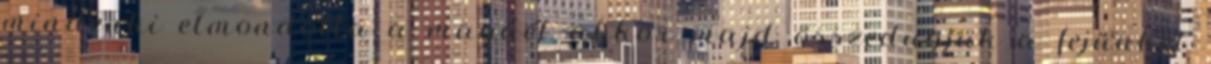
mindenki elmondotta a magáét akkor majd összedugjuk a fejünket